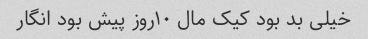
خیلی بد بود کیک مال ۱۰روز پیش بود انگار